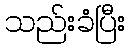
သည်းခံပြီး